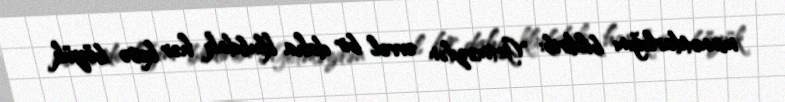
minnətdarlığını bildirib: "Getməzdən əvvəl bir daha klubdakı hər kəsə böyük